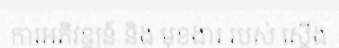
ការអភិវឌ្ឍន៍ និង មុខងារ របស់ ស្តើង